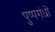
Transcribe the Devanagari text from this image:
पुष्पगंधों